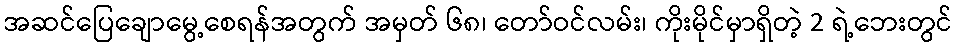
အဆင်ပြေချောမွေ့စေရန်အတွက် အမှတ် ၆၈၊ တော်ဝင်လမ်း၊ ကိုးမိုင်မှာရှိတဲ့ 2 ရဲ့ဘေးတွင်